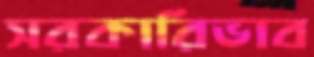
সরকারিভাব